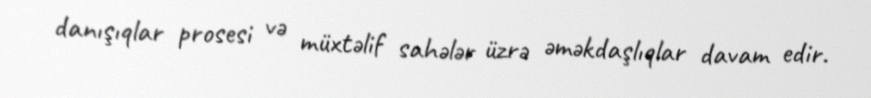
danışıqlar prosesi və müxtəlif sahələr üzrə əməkdaşlıqlar davam edir.